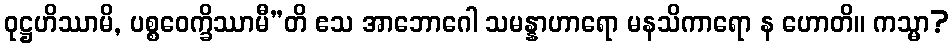
ဝုဋ္ဌဟိဿာမိ, ပစ္စဝေက္ခိဿာမီ”တိ ဧသ အာဘောဂေါ သမန္နာဟာရော မနသိကာရော န ဟောတိ။ ကသ္မာ?